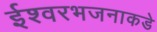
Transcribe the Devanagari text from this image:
ईश्वरभजनाकडे